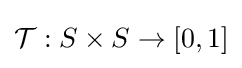
{\mathcal {T}}:S\times S\to [0,1]